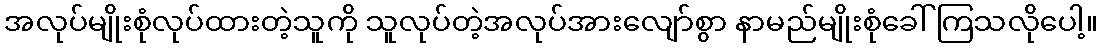
အလုပ်မျိုးစုံလုပ်ထားတဲ့သူကို သူလုပ်တဲ့အလုပ်အားလျော်စွာ နာမည်မျိုးစုံခေါ်ကြသလိုပေါ့။